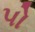
પો